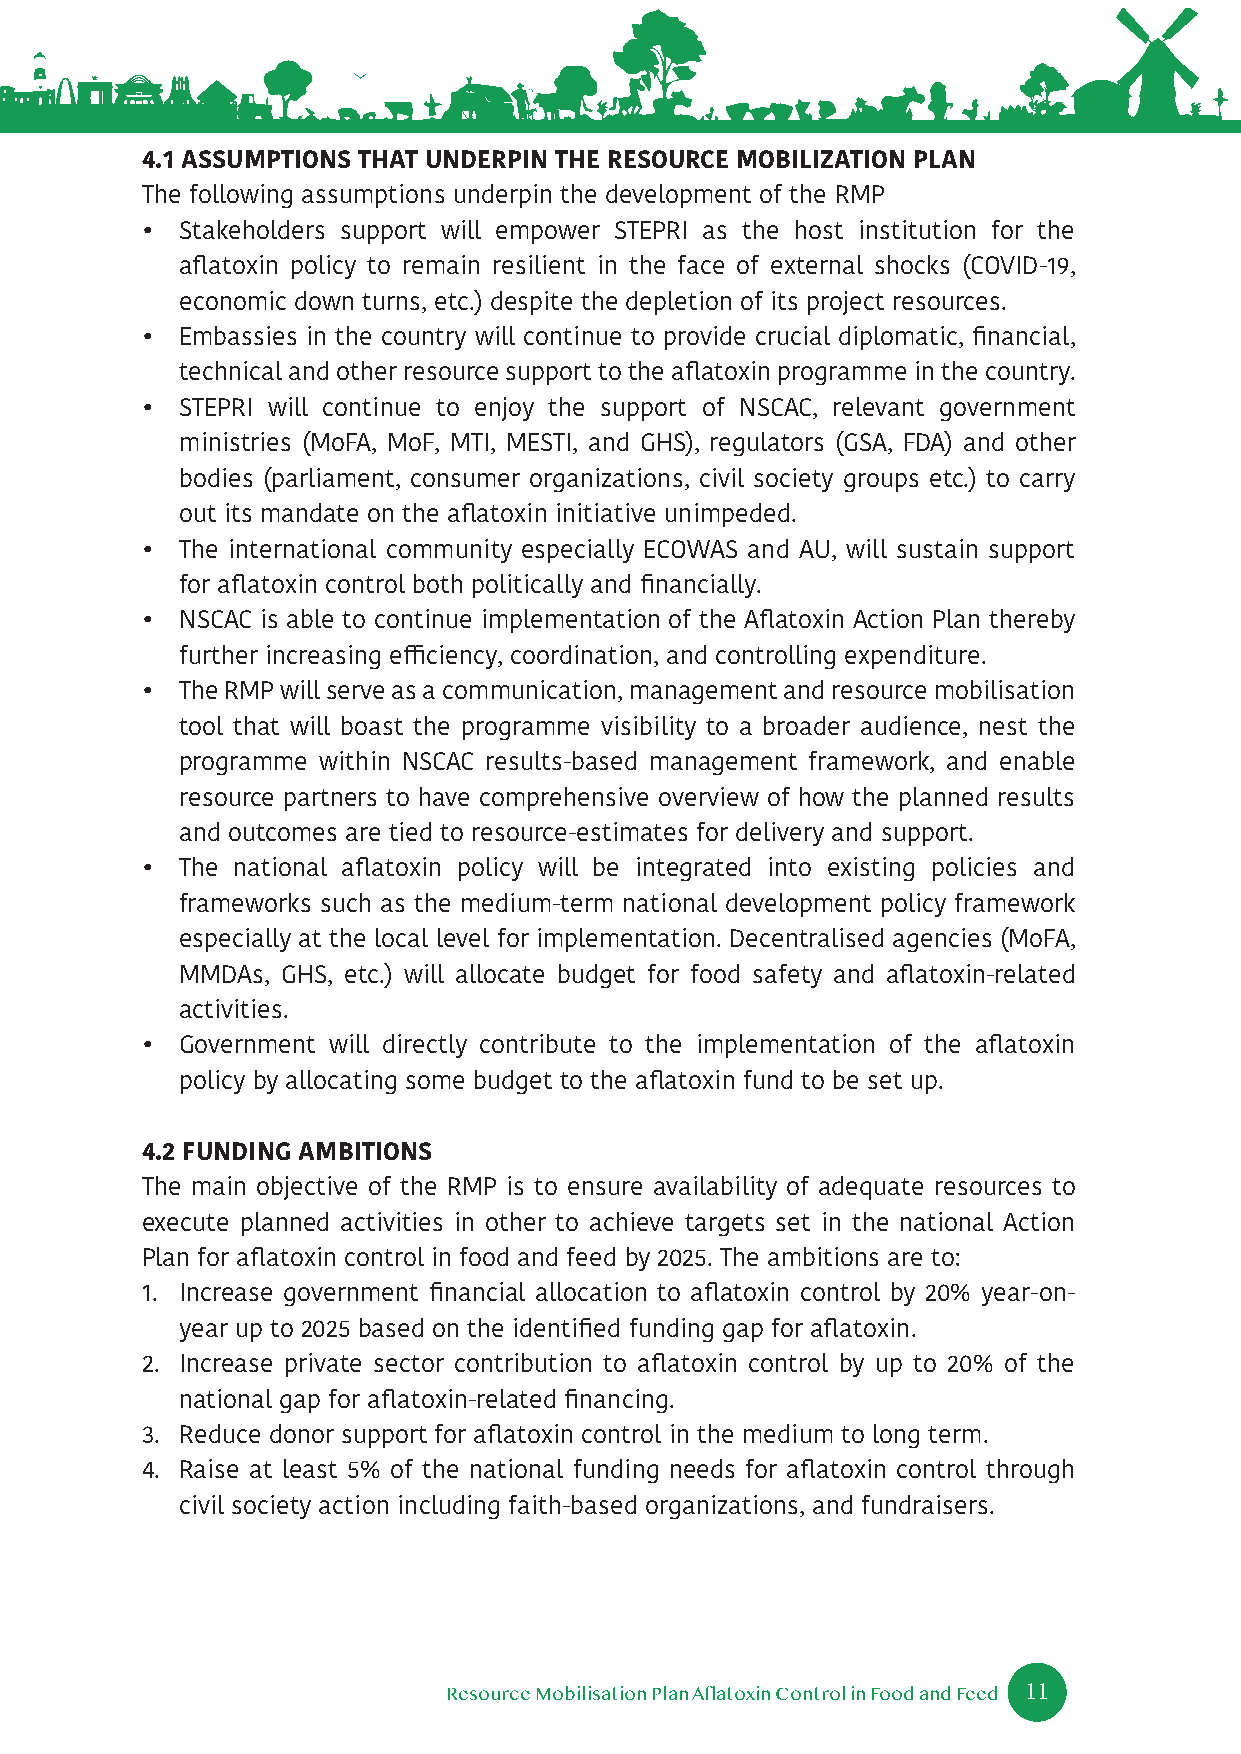
4.1 ASSUMPTIONS THAT UNDERPIN THE RESOURCE MOBILIZATION PLAN
 The following assumptions underpin the development of the RMP
 •  Stakeholders support will empower STEPRI as the host institution for the
 aflatoxin policy to remain resilient in the face of external shocks (COVID-19,
 economic down turns, etc.) despite the depletion of its project resources.
 •  Embassies in the country will continue to provide crucial diplomatic, financial,
 technical and other resource support to the aflatoxin programme in the country.
 •  STEPRI will continue to enjoy the support of NSCAC, relevant government
 ministries (MoFA, MoF, MTI, MESTI, and GHS), regulators (GSA, FDA) and other
 bodies (parliament, consumer organizations, civil society groups etc.) to carry
 out its mandate on the aflatoxin initiative unimpeded.
 •  The international community especially ECOWAS and AU, will sustain support
 for aflatoxin control both politically and financially.
 •  NSCAC is able to continue implementation of the Aflatoxin Action Plan thereby
 further increasing efficiency, coordination, and controlling expenditure.
 •  The RMP will serve as a communication, management and resource mobilisation
 tool that will boast the programme visibility to a broader audience, nest the
 programme within NSCAC results-based management framework, and enable
 resource partners to have comprehensive overview of how the planned results
 and outcomes are tied to resource-estimates for delivery and support.
 •  The national aflatoxin policy will be integrated into existing policies and
 frameworks such as the medium-term national development policy framework
 especially at the local level for implementation. Decentralised agencies (MoFA,
 MMDAs, GHS, etc.) will allocate budget for food safety and aflatoxin-related
 activities.
 •  Government will directly contribute to the implementation of the aflatoxin
 policy by allocating some budget to the aflatoxin fund to be set up.
 4.2 FUNDING AMBITIONS
 The main objective of the RMP is to ensure availability of adequate resources to
 execute planned activities in other to achieve targets set in the national Action
 Plan for aflatoxin control in food and feed by 2025. The ambitions are to:
 1. Increase government financial allocation to aflatoxin control by 20% year-on-
 year up to 2025 based on the identified funding gap for aflatoxin.
 2. Increase private sector contribution to aflatoxin control by up to 20% of the
 national gap for aflatoxin-related financing.
 3. Reduce donor support for aflatoxin control in the medium to long term.
 4. Raise at least 5% of the national funding needs for aflatoxin control through
 civil society action including faith-based organizations, and fundraisers.
 11
 Resource Mobilisation Plan Aflatoxin Control in Food and Feed